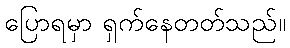
ပြောရမှာ ရှက်နေတတ်သည်။